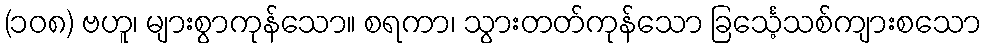
(၁၀၈) ဗဟူ၊ များစွာကုန်သော။ စရကာ၊ သွားတတ်ကုန်သော ခြင်္သေ့သစ်ကျားစသော